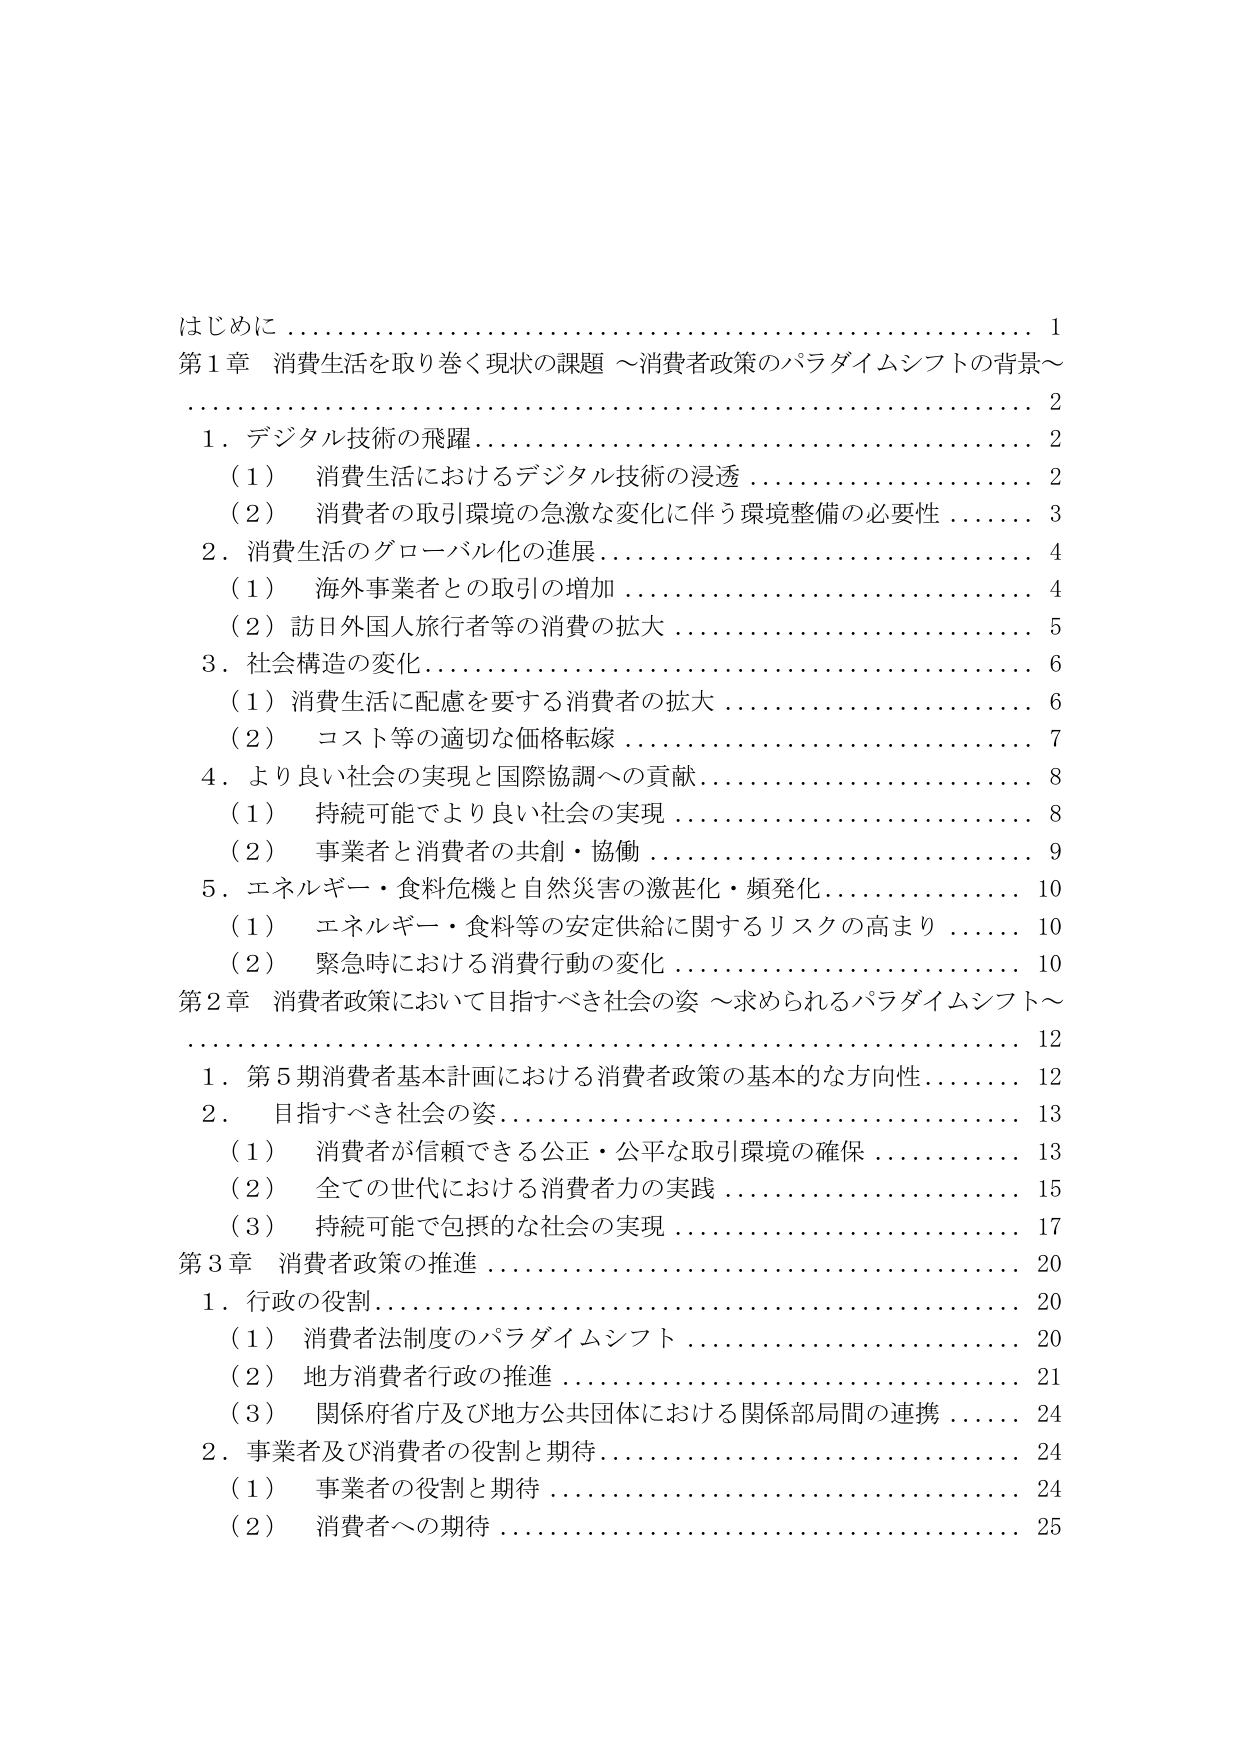
はじめに 1
第1章 消費生活を取り巻く現状の課題 ～消費者政策のパラダイムシフトの背景～ 2
　1．デジタル技術の飛躍 2
　　（1） 消費生活におけるデジタル技術の浸透 2
　　（2） 消費者の取引環境の急激な変化に伴う環境整備の必要性 3
　2．消費生活のグローバル化の進展 4
　　（1） 海外事業者との取引の増加 4
　　（2） 訪日外国人旅行者等の消費の拡大 5
　3．社会構造の変化 6
　　（1） 消費生活に配慮を要する消費者の拡大 6
　　（2） コスト等の適切な価格転嫁 7
　4．より良い社会の実現と国際協調への貢献 8
　　（1） 持続可能でより良い社会の実現 8
　　（2） 事業者と消費者の共創・協働 9
　5．エネルギー・食料危機と自然災害の激甚化・頻発化 10
　　（1） エネルギー・食料等の安定供給に関するリスクの高まり 10
　　（2） 緊急時における消費行動の変化 10
第2章 消費者政策において目指すべき社会の姿 ～求められるパラダイムシフト～ 12
　1．第5期消費者基本計画における消費者政策の基本的な方向性 12
　2．目指すべき社会の姿 13
　　（1） 消費者が信頼できる公正・公平な取引環境の確保 13
　　（2） 全ての世代における消費者力の実践 15
　　（3） 持続可能で包摂的な社会の実現 17
第3章 消費者政策の推進 20
　1．行政の役割 20
　　（1） 消費者法制度のパラダイムシフト 20
　　（2） 地方消費者行政の推進 21
　　（3） 関係府省庁及び地方公共団体における関係部局間の連携 24
　2．事業者及び消費者の役割と期待 24
　　（1） 事業者の役割と期待 24
　　（2） 消費者への期待 25